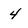
Character: 4